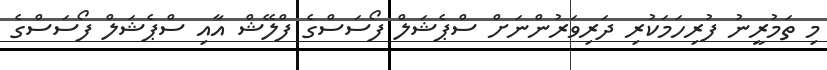
މި ތަމުރީނު ފުރިހަމަކުރި ދަރިވަރުންނަށް ސްޕެޝަލް ފޯސަސްގެ ފްލޭޝް އާއި ސްޕެޝަލް ފޯސަސްގެ